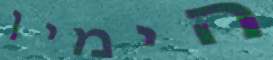
הימין